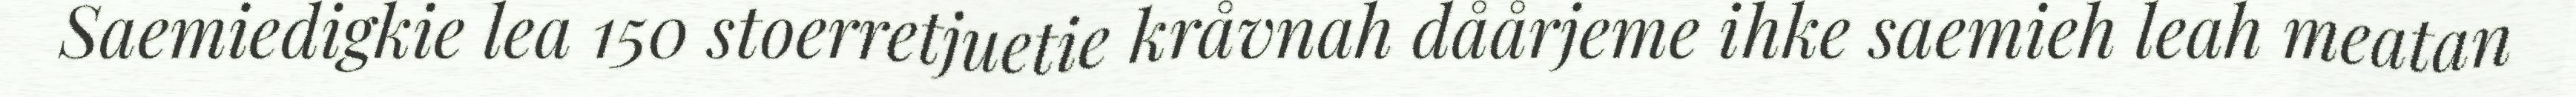
Saemiedigkie lea 150 stoerretjuetie kråvnah dåårjeme ihke saemieh leah meatan